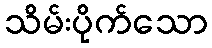
သိမ်းပိုက်သော